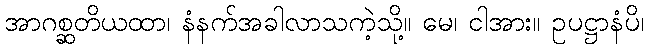
အာဂစ္ဆတိယထာ၊ နံနက်အခါလာသကဲ့သို့။ မေ၊ ငါအား။ ဥပဋ္ဌာနံပိ၊